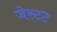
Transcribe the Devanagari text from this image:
जेस्टट